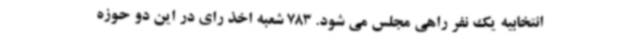
انتخابیه یک نفر راهی مجلس می شود. 783 شعبه اخذ رای در این دو حوزه